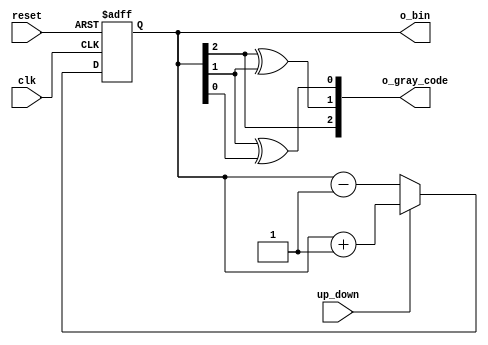
`timescale 1ns/1ns

module graycode_counter(
    input clk,
    input reset,
    input up_down,
    output [2:0] o_bin,
    output [2:0] o_gray_code
);

reg [2:0] bin_counter = 0;

always @(posedge clk or posedge reset)
    if(reset)
        bin_counter <= 0;
    else if(up_down)
        bin_counter <= bin_counter + 1;
    else
        bin_counter <= bin_counter - 1;

assign o_bin = bin_counter;

// reg [2:0] r_gc = 0;

// always @(bin_counter)
//     case (bin_counter)
//         0 : r_gc = 3'b000;
//         1 : r_gc = 3'b001;
//         2 : r_gc = 3'b011;
//         3 : r_gc = 3'b010;
//         4 : r_gc = 3'b110;
//         5 : r_gc = 3'b111;
//         6 : r_gc = 3'b101;
//         7 : r_gc = 3'b100;
//     endcase

// assign o_gray_code = r_gc;

assign o_gray_code[2] = bin_counter[2];
assign o_gray_code[1] = bin_counter[2] ^ bin_counter[1];
assign o_gray_code[0] = bin_counter[1] ^ bin_counter[0];
endmodule